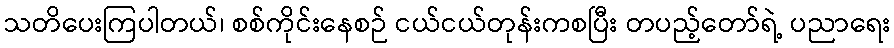
သတိပေးကြပါတယ်၊ စစ်ကိုင်းနေစဉ် ငယ်ငယ်တုန်းကစပြီး တပည့်တော်ရဲ့ ပညာရေး